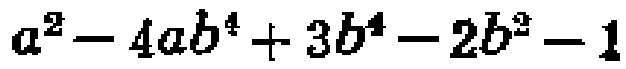
\(a^{2}-4ab^{4}+3b^{4}-2b^{2}-1\)